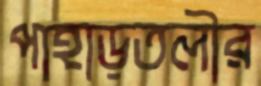
পাহাড়তলীর